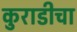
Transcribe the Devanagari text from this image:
कुराडीचा